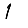
Digit: 1